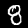
Label: 8